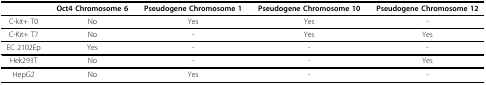
<table><thead><tr><td></td><td><b>Oct4 Chromosome 6</b></td><td><b>Pseudogene Chromosome 1</b></td><td><b>Pseudogene Chromosome 10</b></td><td><b>Pseudogene Chromosome 12</b></td></tr></thead><tbody><tr><td>C-kit+ T0</td><td>No</td><td>Yes</td><td>Yes</td><td>-</td></tr><tr><td>C-Kit+ T7</td><td>No</td><td>-</td><td>Yes</td><td>Yes</td></tr><tr><td>EC 2102Ep</td><td>Yes</td><td>-</td><td>-</td><td>-</td></tr><tr><td>Hek293T</td><td>No</td><td>-</td><td>-</td><td>Yes</td></tr><tr><td>HepG2</td><td>No</td><td>Yes</td><td>-</td><td>-</td></tr></tbody></table>